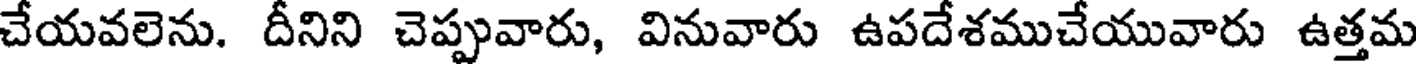
చేయవలెను. దీనిని చెప్పువారు, వినువారు ఉపదేశముచేయువారు ఉత్తమ